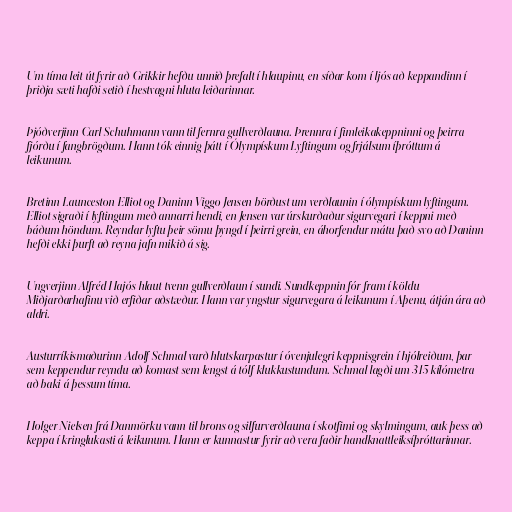
Um tíma leit út fyrir að Grikkir hefðu unnið þrefalt í hlaupinu, en síðar kom í ljós að keppandinn í
þriðja sæti hafði setið í hestvagni hluta leiðarinnar.

Þjóðverjinn Carl Schuhmann vann til fernra gullverðlauna. Þrennra í fimleikakeppninni og þeirra
fjórðu í fangbrögðum. Hann tók einnig þátt í Ólympískum Lyftingum og frjálsum íþróttum á
leikunum.

Bretinn Launceston Elliot og Daninn Viggo Jensen börðust um verðlaunin í ólympískum lyftingum.
Elliot sigraði í lyftingum með annarri hendi, en Jensen var úrskurðaður sigurvegari í keppni með
báðum höndum. Reyndar lyftu þeir sömu þyngd í þeirri grein, en áhorfendur mátu það svo að Daninn
hefði ekki þurft að reyna jafn mikið á sig.

Ungverjinn Alfréd Hajós hlaut tvenn gullverðlaun í sundi. Sundkeppnin fór fram í köldu
Miðjarðarhafinu við erfiðar aðstæður. Hann var yngstur sigurvegara á leikunum í Aþenu, átján ára að
aldri.

Austurríkismaðurinn Adolf Schmal varð hlutskarpastur í óvenjulegri keppnisgrein í hjólreiðum, þar
sem keppendur reyndu að komast sem lengst á tólf klukkustundum. Schmal lagði um 315 kílómetra
að baki á þessum tíma.

Holger Nielsen frá Danmörku vann til brons og silfurverðlauna í skotfimi og skylmingum, auk þess að
keppa í kringlukasti á leikunum. Hann er kunnastur fyrir að vera faðir handknattleiksíþróttarinnar.